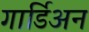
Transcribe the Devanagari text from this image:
गार्डिअन